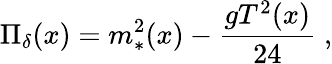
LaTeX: \Pi_{\delta}(x)=m_{*}^{2}(x)-{\frac{gT^{2}(x)}{24}}\; ,